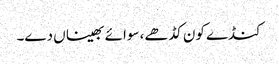
کنڈے کون کڈھے، سوائے بھیناں دے۔